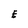
Character: E